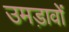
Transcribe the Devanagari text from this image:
उमड़ावों